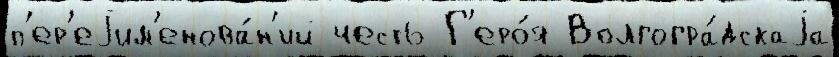
п'ер'еjим'енова́н'ий честь Г'еро́я Волгогра́дскаjа